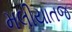
મલીયાતજ